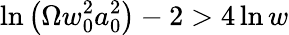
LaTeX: \ln\left(\Omega w_{0}^{2}a_{0}^{2}\right)-2>4\ln w